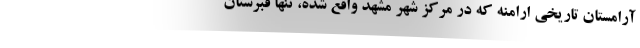
آرامستان تاریخی ارامنه که در مرکز شهر مشهد واقع شده، تنها قبرستان